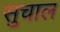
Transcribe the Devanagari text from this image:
सुचाल